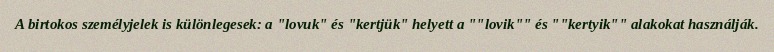
A birtokos személyjelek is különlegesek: a "lovuk" és "kertjük" helyett a ""lovik"" és ""kertyik"" alakokat használják.